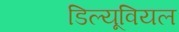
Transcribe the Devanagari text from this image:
डिल्यूवियल